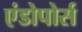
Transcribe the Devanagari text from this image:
एंडोपोर्स